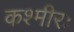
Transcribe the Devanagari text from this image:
कश्मीरः